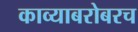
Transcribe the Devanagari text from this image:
काव्याबरोबरच